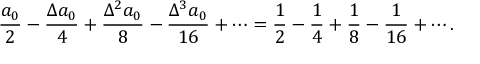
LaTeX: { \frac { a _ { 0 } } { 2 } } - { \frac { \Delta a _ { 0 } } { 4 } } + { \frac { \Delta ^ { 2 } a _ { 0 } } { 8 } } - { \frac { \Delta ^ { 3 } a _ { 0 } } { 1 6 } } + \cdots = { \frac { 1 } { 2 } } - { \frac { 1 } { 4 } } + { \frac { 1 } { 8 } } - { \frac { 1 } { 1 6 } } + \cdots .